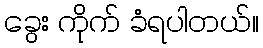
ခွေး ကိုက် ခံရပါတယ်။